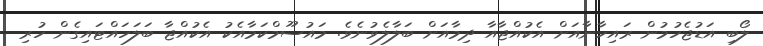
ލޯބި އަޑުޖެހުމުން ރައިހާނާއަށް އެކުއްޖާއާ ދިމާއަށް ބަލާލެވުނެވެ. މައުސޫމްކަމާއެކު އެކުއްޖާ ބަލަހައްޓައިގެން ހުރި